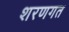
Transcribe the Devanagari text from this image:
शरणगत